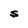
Character: S